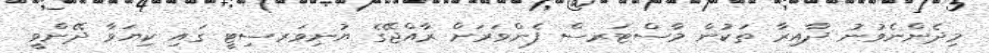
މިދެންނެވުނު ދާއިރާ ތަކުން މާސްޓަރސް ފެންވަރަށް ރާއްޖޭގެ ޔުނިވަރސިޓީ ގައި ކިޔަވާ ދޭންވީ